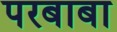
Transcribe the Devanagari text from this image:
परबाबा